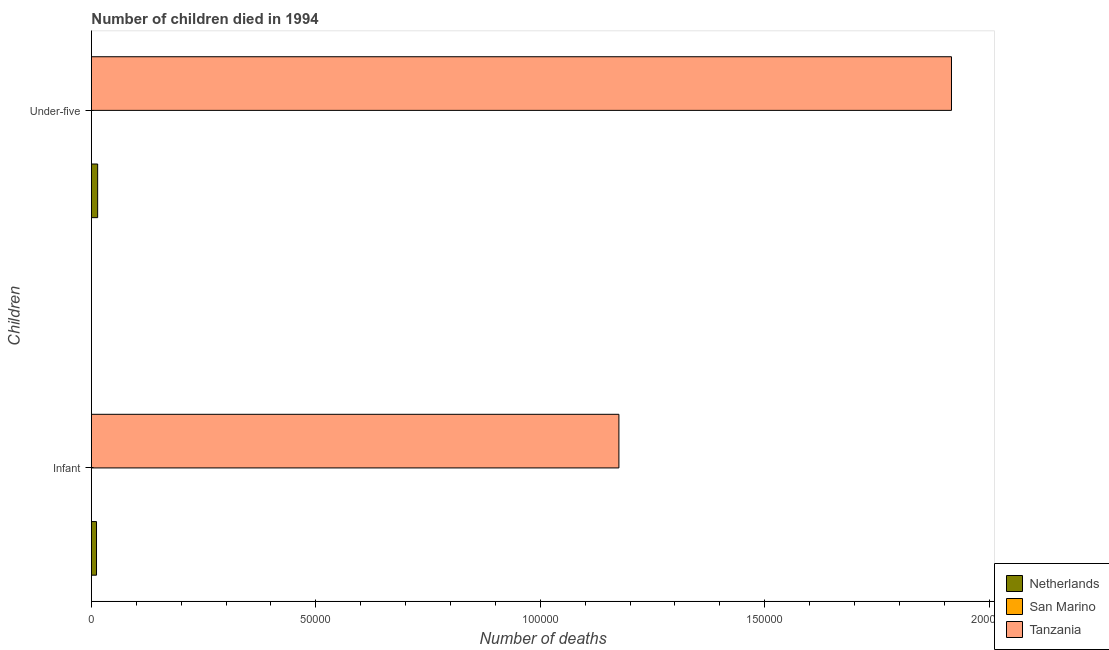
| Children | Netherlands | San Marino | Tanzania |
 | --- | --- | --- | --- |
 | Infant | 1.13e+03 | 3 | 1.18e+05 |
 | Under-five | 1.39e+03 | 3 | 1.92e+05 |